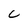
Character: C